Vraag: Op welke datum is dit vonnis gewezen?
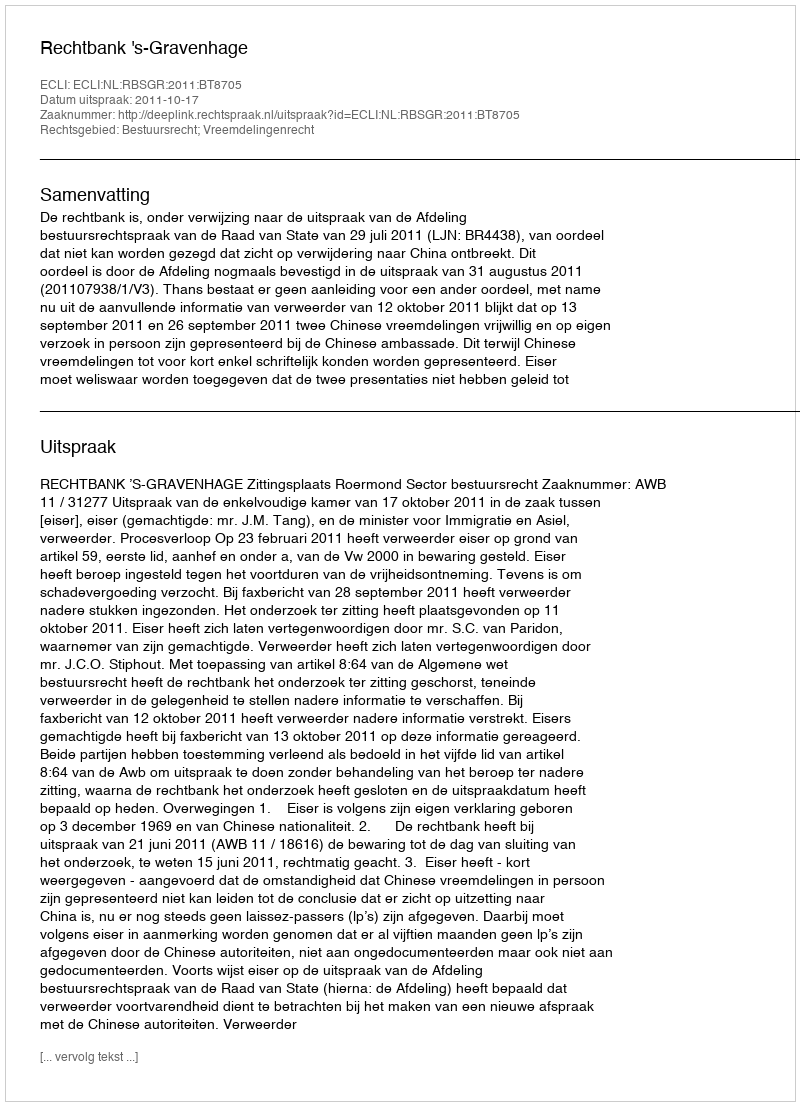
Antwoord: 2011-10-17